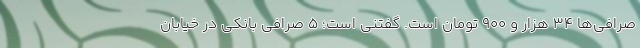
صرافی‌ها ۳۴ هزار و ۹۰۰ تومان است. گفتنی است؛ ۵ صرافی بانکی در خیابان